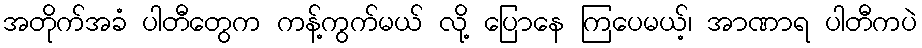
အတိုက်အခံ ပါတီတွေက ကန့်ကွက်မယ် လို့ ပြောနေ ကြပေမယ့်၊ အာဏာရ ပါတီကပဲ